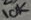
Text: 10K